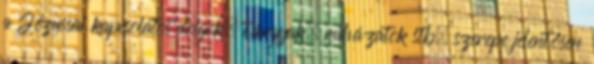
a Jézussal kapcsolatos dolgok, tárgyak, ruházatok stb. szerepe jelentősen